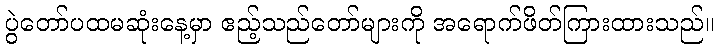
ပွဲတော်ပထမဆုံးနေ့မှာ ဧည့်သည်တော်များကို အရောက်ဖိတ်ကြားထားသည်။